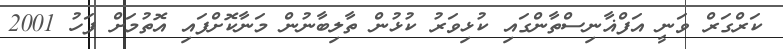
ކަރްގަރް ވަނީ އަފްޣާނިސްތާންގައި ކުޅިވަރު ކުޅުން ތާލިބާނުން މަނާކޮށްފައި އޮތުމަށް ފަހު 2001